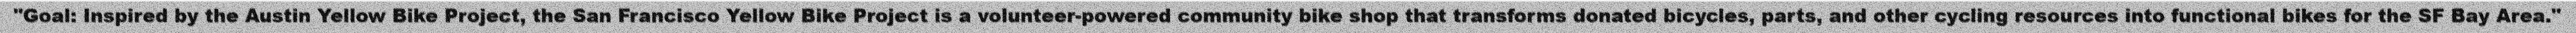
"Goal: Inspired by the Austin Yellow Bike Project, the San Francisco Yellow Bike Project is a volunteer-powered community bike shop that transforms donated bicycles, parts, and other cycling resources into functional bikes for the SF Bay Area."